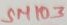
Text: SM103